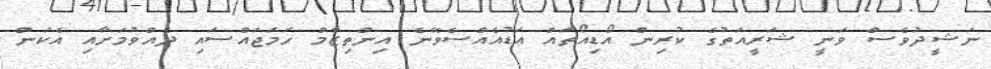
ނަޝީދުވެސް ވަނީ ޝަރީއަތުގެ ކުރިން އޯޑިއޯތައް އަޑުއެއްސެވޭނެ އިންތިޒާމް ހަމަޖައްސައި ދެއްވުމަށާއި އެކަން